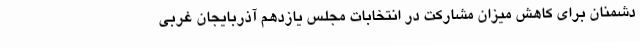
دشمنان برای کاهش میزان مشارکت در انتخابات مجلس یازدهم آذربایجان غربی